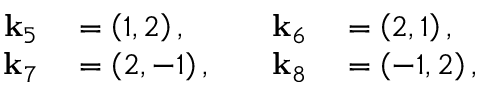
\begin{array} { r l } { \mathbf { k } _ { 5 } } & { { } = \left( 1 , 2 \right) , } \\ { \mathbf { k } _ { 7 } } & { { } = \left( 2 , - 1 \right) , } \end{array} \quad \begin{array} { r l } { \mathbf { k } _ { 6 } } & { { } = \left( 2 , 1 \right) , } \\ { \mathbf { k } _ { 8 } } & { { } = \left( - 1 , 2 \right) , } \end{array}